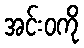
အင်းဝကို